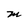
Character: M